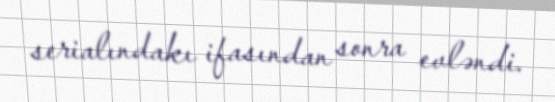
serialındakı ifasından sonra evləndi.